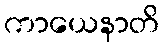
ကာယေနာတိ